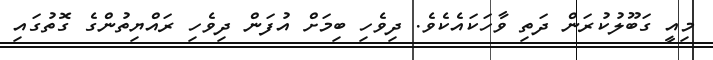
މިއީ ގަބޫލުކުރަން ދަތި ވާހަކައެކެވެ. ދިވެހި ބިމަށް އުފަން ދިވެހި ރައްޔިތުންގެ ގޮތުގައި